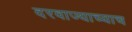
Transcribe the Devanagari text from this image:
दरवाज्याच्याच